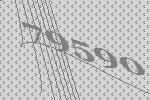
79590